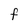
Character: F